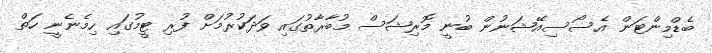
ބެޑްމިންޓަން އެސޯސިއޭޝަނުން ބުނީ މޮރިޝަސް މުބާރާތުގައި ވަދަކުރުމަށް ފުރި ޓީމުގައި ހިމެނެނީ ހަތް